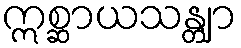
ဣစ္ဆာယသန္တျာ